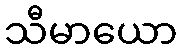
သီမာယော